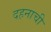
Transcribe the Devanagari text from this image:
दहनाची